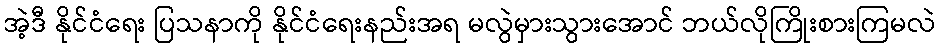
အဲ့ဒီ နိုင်ငံရေး ပြသနာကို နိုင်ငံရေးနည်းအရ မလွဲမှားသွားအောင် ဘယ်လိုကြိုးစားကြမလဲ